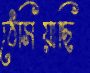
ঠেসিয়াছি